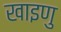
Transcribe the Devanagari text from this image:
खाइणु